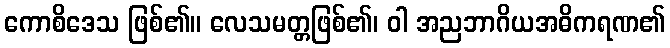
ကောစိဒေသ ဖြစ်၏။ လေသမတ္တဖြစ်၏၊ ဝါ အညဘာဂိယအဓိကရဏ၏